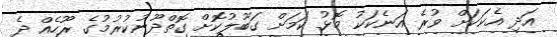
އަދި އެކަކަށް ވުރެ އަނެކަކު މޮޅު ކަމަށް ގަބޫލުކޮށް ގޮތްދޫނުކުރުމުގެ ރޫހެއް ދެ